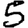
Digit: 5